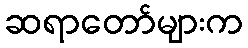
ဆရာတော်များက